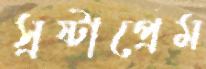
স্রষ্টাপ্রেম